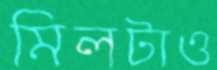
মিলটাও